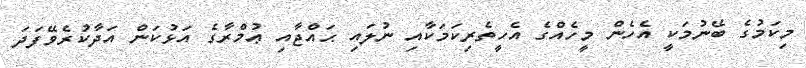
މިކަމުގެ ބޭނުމަކީ އެހެން މީހެއްގެ އެހީތެރިކަމަކާއި ނުލައި ޙައްޖާއި ޢުމްރާގެ އަޅުކަން އަދާކުރެވޭފަދަ